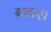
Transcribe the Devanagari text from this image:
बचाएं।